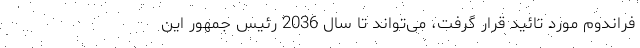
فراندوم مورد تائید قرار گرفت، می‌تواند تا سال 2036 رئیس جمهور این